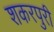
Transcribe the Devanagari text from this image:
शकरपुरी